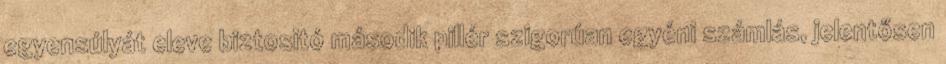
egyensúlyát eleve biztositó második pillér szigorúan egyéni számlás, jelentősen